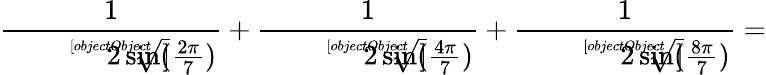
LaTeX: {\frac{1}{\sqrt[[objectObject]]{2\sin({\frac{2\pi}{7}})}}}+{\frac{1}{\sqrt[[objectObject]]{2\sin({\frac{4\pi}{7}})}}}+{\frac{1}{\sqrt[[objectObject]]{2\sin({\frac{8\pi}{7}})}}}=